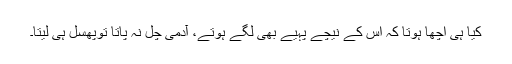
کیا ہی اچھا ہوتا کہ اس کے نیچے پہیے بھی لگے ہوتے، آدمی چل نہ پاتا توپھسل ہی لیتا۔